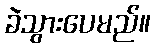
ခဲသွားပေမည်။